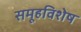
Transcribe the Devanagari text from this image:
समूहविशेष